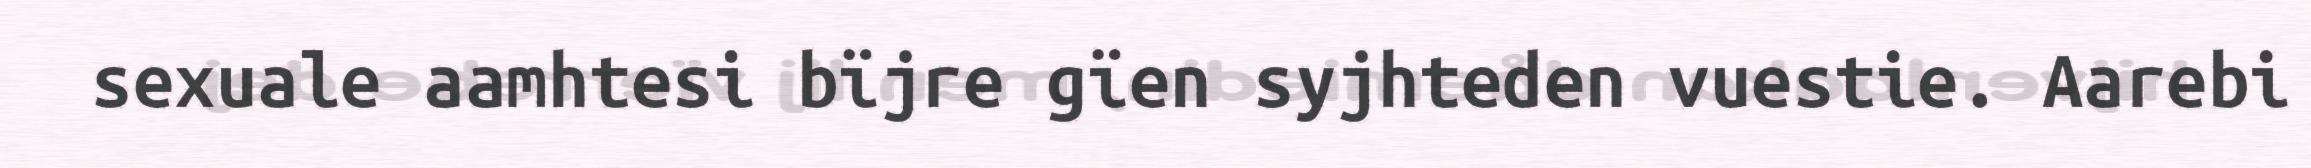
sexuale aamhtesi bïjre gïen syjhteden vuestie. Aarebi